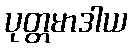
ပုတ္တမာဒါယ